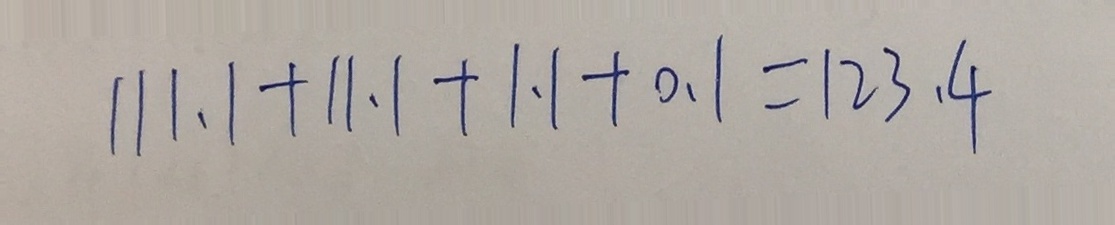
1 1 1 . 1 + 1 1 . 1 + 1 . 1 + 0 . 1 = 1 2 3 . 4